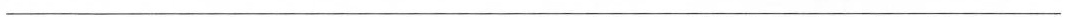
___